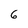
Character: 6